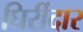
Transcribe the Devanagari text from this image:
घिर्रीदार